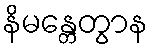
နိမန္တေတွာန